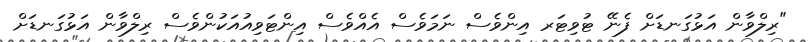
"ރިލްވާން އަޅުގަނޑަށް ފެނޭ ޓުވިޓަރ އިންވެސް ނަމަވެސް އެއްވެސް އިންޓަވިއުއަކުންވެސް ރިލްވާން އަޅުގަނޑަށް